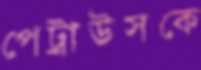
পেট্রাউসকে